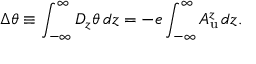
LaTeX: \Delta \theta \equiv \int _ { - \infty } ^ { \infty } D _ { z } \theta \, d z = - e \int _ { - \infty } ^ { \infty } A _ { \mathrm { u } } ^ { z } \, d z .